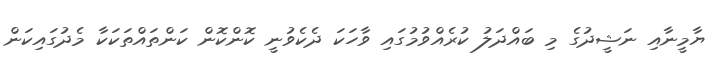
ޔާމީނާއި ނަޝީދުގެ މި ބައްދަލު ކުރެއްވުމުގައި ވާހަކަ ދެކެވުނީ ކޮންކޮން ކަންތައްތަކަކާ މެދުގައިކަން